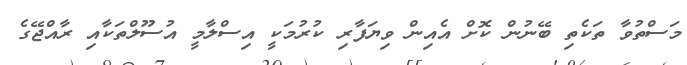
މަސްތުވާ ތަކެތި ބޭނުން ކޮށް އެއިން ވިޔަފާރި ކުރުމަކީ އިސްލާމީ އުސޫލްތަކާއި ރާއްޖޭގެ